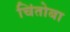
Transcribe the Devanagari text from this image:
चिंतोबा